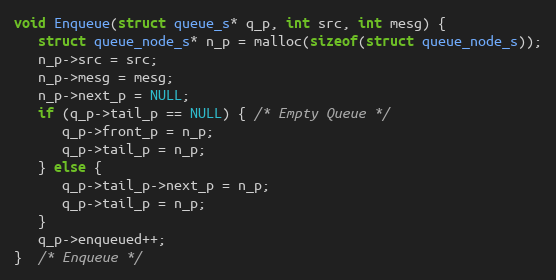
Language: C
void Enqueue(struct queue_s* q_p, int src, int mesg) {
   struct queue_node_s* n_p = malloc(sizeof(struct queue_node_s));
   n_p->src = src;
   n_p->mesg = mesg;
   n_p->next_p = NULL;
   if (q_p->tail_p == NULL) { /* Empty Queue */
      q_p->front_p = n_p;
      q_p->tail_p = n_p;
   } else {
      q_p->tail_p->next_p = n_p;
      q_p->tail_p = n_p;
   }
   q_p->enqueued++;
}  /* Enqueue */